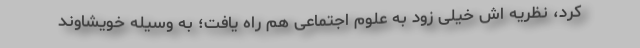
کرد، نظریه اش خیلی زود به علوم اجتماعی هم راه یافت؛ به وسیله خویشاوند